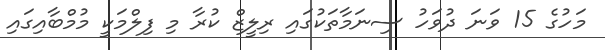
މަހުގެ 15 ވަނަ ދުވަހު ސިނަމާތަކުގައި ރިލީޒް ކުރާ މި ފިލްމަކީ މުމްބާއިގައި